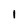
Character: I